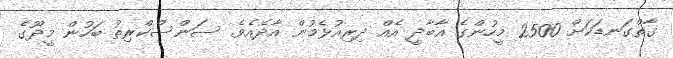
ގާތްގަނޑަކަށް 2500 މީހުންގެ އާބާދީ އެއް ދިރިއުޅެމުން އާދެއެވެ. ސަންސްކްރިތު ބަހުން މީދޫގެ